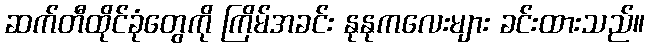
ဆက်တီထိုင်ခုံတွေကို ကြိမ်အခင်း နုနုကလေးများ ခင်းထားသည်။